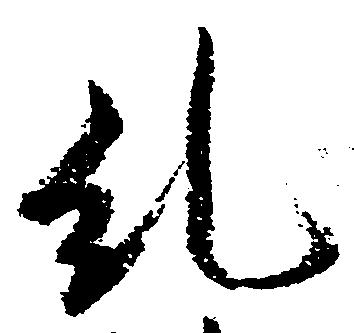
糺